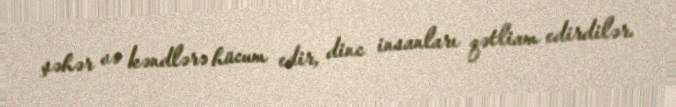
şəhər və kəndlərə hücum edir, dinc insanları qətliam edirdilər.